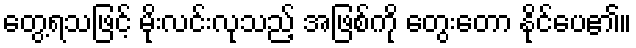
တွေ့ရသဖြင့် မိုးလင်းလုသည့် အဖြစ်ကို တွေးတော နိုင်ပေ၏။